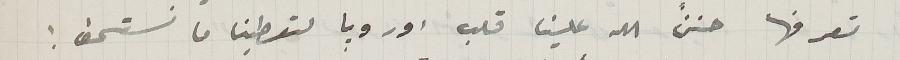
تعرفها حننَّ الله علينا قلب اوروبا لتعطنا ما نستحق!